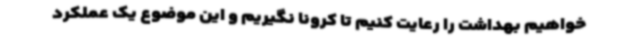
خواهیم بهداشت را رعایت کنیم تا کرونا نگیریم و این موضوع یک عملکرد